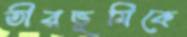
তীরভূমিকে